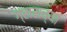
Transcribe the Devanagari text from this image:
ग्रासच्या